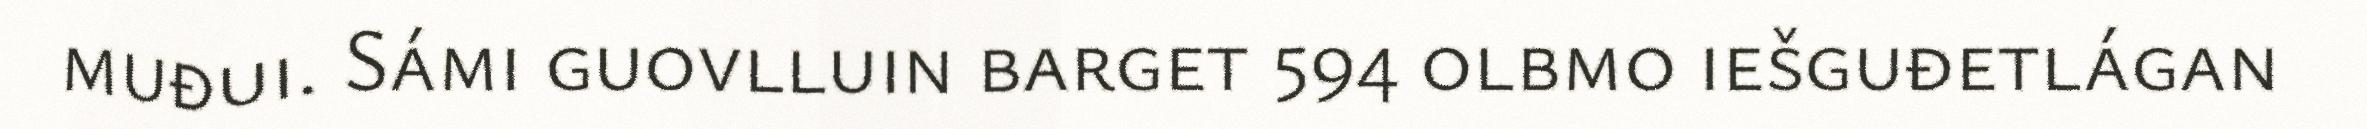
muđui. Sámi guovlluin barget 594 olbmo iešguđetlágan